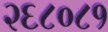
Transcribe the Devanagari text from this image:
२६८०८१